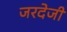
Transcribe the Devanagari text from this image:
जरदेजी